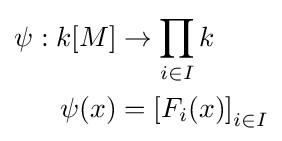
{\begin{aligned}\psi :k[M]&\to \prod _{i\in I}k\\\psi (x)&=\left[F_{i}(x)\right]_{i\in I}\end{aligned}}